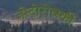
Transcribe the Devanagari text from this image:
जोदोरोव्स्की